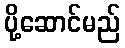
ပို့ဆောင်မည်